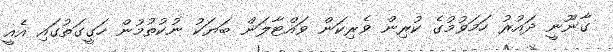
ގާނޫނީ ދައުރު ހަމަވުމުގެ ކުރިން ވެރިކަން ވައްޓާލަން ބަޔަކު ނުކުތުމުން ހަގީގަތުގައި އެއީ